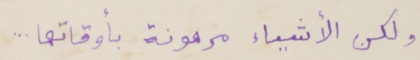
ولكن الأشياء مرهونة بأوقاتها...